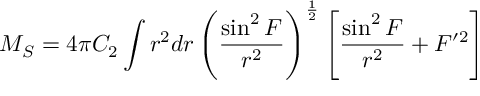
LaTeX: { \cal M } _ { S } = 4 \pi C _ { 2 } \int r ^ { 2 } d r \left( \frac { \sin ^ { 2 } F } { r ^ { 2 } } \right) ^ { \frac 1 2 } \left[ \frac { \sin ^ { 2 } F } { r ^ { 2 } } + F ^ { \prime 2 } \right]